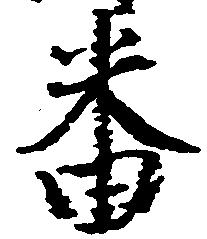
番